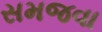
સમજવા